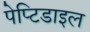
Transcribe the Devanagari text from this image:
पेप्टिडाइल